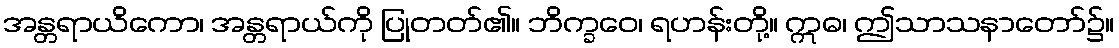
အန္တရာယိကော၊ အန္တရာယ်ကို ပြုတတ်၏။ ဘိက္ခဝေ၊ ရဟန်းတို့။ ဣဓ၊ ဤသာသနာတော်၌။